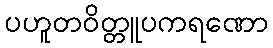
ပဟူတဝိတ္တူပကရဏော